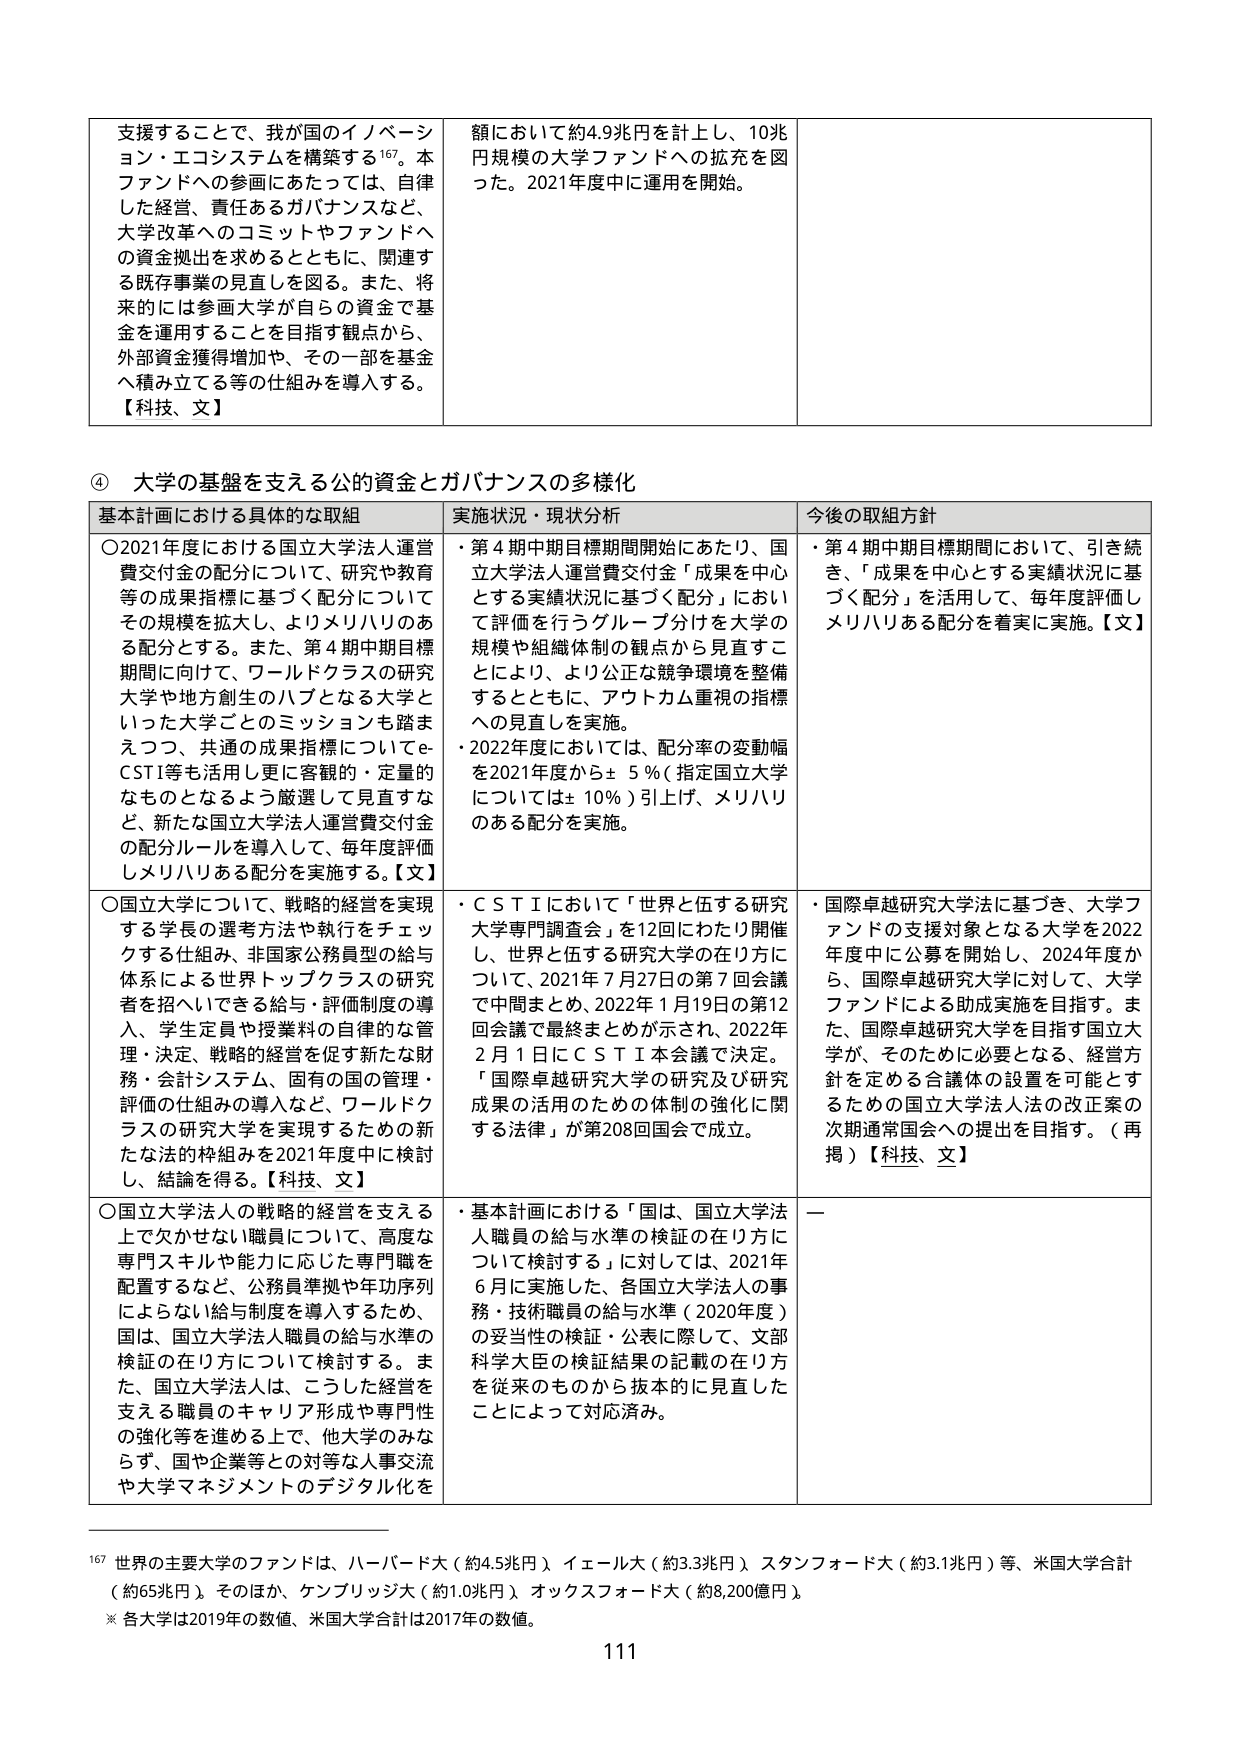
支援することで、我が国のイノベーション・エコシステムを構築する167。本ファンドへの参画にあたっては、自律した経営、責任あるガバナンスなど、大学改革へのコミットやファンドへの資金拠出を求めるとともに、関連する既存事業の見直しを図る。また、将来的には参画大学が自らの資金で基金を運用することを目指す観点から、外部資金獲得増加や、その一部を基金へ積み立てる等の仕組みを導入する。【科技、文】

額において約4.9兆円を計上し、10兆円規模の大学ファンドへの拡充を図った。2021年度中に運用を開始。

④ 大学の基盤を支える公的資金とガバナンスの多様化

基本計画における具体的な取組 実施状況・現状分析 今後の取組方針

○2021年度における国立大学法人運営費交付金の配分について、研究や教育等の成果指標に基づく配分についてその規模を拡大し、よりメリハリのある配分とする。また、第4期中期目標期間に向けて、ワールドクラスの研究大学や地方創生のハブとなる大学といった大学ごとのミッションも踏まえつつ、共通の成果指標についてe-CSTI等も活用し更に客観的・定量的なものとなるよう厳選して見直すなど、新たな国立大学法人運営費交付金の配分ルールを導入して、毎年度評価しメリハリある配分を実施する。【文】

・第4期中期目標期間開始にあたり、国立大学法人運営費交付金「成果を中心とする実績状況に基づく配分」において評価を行うグループ分けを大学の規模や組織体制の観点から見直すことにより、より公正な競争環境を整備するとともに、アウトカム重視の指標への見直しを実施。
・2022年度においては、配分率の変動幅を2021年度から±5％（指定国立大学については±10％）引上げ、メリハリのある配分を実施。

・第4期中期目標期間において、引き続き、「成果を中心とする実績状況に基づく配分」を活用して、毎年度評価しメリハリある配分を着実に実施。【文】

○国立大学について、戦略的経営を実現する学長の選考方法や執行をチェックする仕組み、非国家公務員型の給与体系による世界トップクラスの研究者を招へいできる給与・評価制度の導入、学生定員や授業料の自律的な管理・決定、戦略的経営を促す新たな財務・会計システム、固有の国の管理・評価の仕組みの導入など、ワールドクラスの研究大学を実現するための新たな法的枠組みを2021年度中に検討し、結論を得る。【科技、文】

・ＣＳＴＩにおいて「世界と伍する研究大学専門調査会」を12回にわたり開催し、世界と伍する研究大学の在り方について、2021年7月27日の第7回会議で中間まとめ、2022年1月19日の第12回会議で最終まとめが示され、2022年2月1日にＣＳＴＩ本会議で決定。「国際卓越研究大学の研究及び研究成果の活用のための体制の強化に関する法律」が第208回国会で成立。

・国際卓越研究大学法に基づき、大学ファンドの支援対象となる大学を2022年度中に公募を開始し、2024年度から、国際卓越研究大学に対して、大学ファンドによる助成実施を目指す。また、国際卓越研究大学を目指す国立大学が、そのために必要となる、経営方針を定める合議体の設置を可能とするための国立大学法人法の改正案の次期通常国会への提出を目指す。（再掲）【科技、文】

○国立大学法人の戦略的経営を支える上で欠かせない職員について、高度な専門スキルや能力に応じた専門職を配置するなど、公務員準拠や年功序列によらない給与制度を導入するため、国立、国立大学法人職員の給与水準の検証の在り方について検討する。また、国立大学法人は、こうした経営を支える職員のキャリア形成や専門性の強化等を進める上で、他大学のみならず、国や企業等との対等な人材交流や大学マネジメントのデジタル化を

・基本計画における「国は、国立大学法人職員の給与水準の検証の在り方について検討する」に対しては、2021年6月に実施した、各国立大学法人の事務・技術職員の給与水準（2020年度）の妥当性の検証・公表に際して、文部科学大臣の検証結果の記載の在り方を従来のものから抜本的に見直したことによって対応済み。

—

167 世界の主要大学のファンドは、ハーバード大（約4.5兆円）、イェール大（約3.3兆円）、スタンフォード大（約3.1兆円）等、米国大学合計（約65兆円）。そのほか、ケンブリッジ大（約1.0兆円）、オックスフォード大（約8,200億円）。
※ 各大学は2019年の数値、米国大学合計は2017年の数値。

111